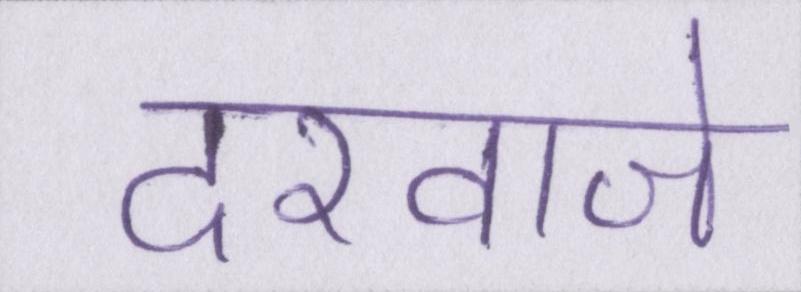
दरवाजे